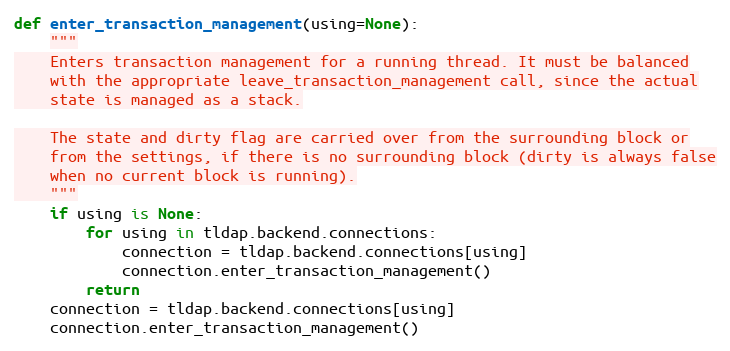
Language: Python
def enter_transaction_management(using=None):
    """
    Enters transaction management for a running thread. It must be balanced
    with the appropriate leave_transaction_management call, since the actual
    state is managed as a stack.

    The state and dirty flag are carried over from the surrounding block or
    from the settings, if there is no surrounding block (dirty is always false
    when no current block is running).
    """
    if using is None:
        for using in tldap.backend.connections:
            connection = tldap.backend.connections[using]
            connection.enter_transaction_management()
        return
    connection = tldap.backend.connections[using]
    connection.enter_transaction_management()